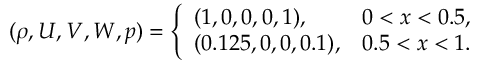
( \rho , U , V , W , p ) = \left\{ \begin{array} { l l } { ( 1 , 0 , 0 , 0 , 1 ) , } & { 0 < x < 0 . 5 , } \\ { ( 0 . 1 2 5 , 0 , 0 , 0 . 1 ) , } & { 0 . 5 < x < 1 . } \end{array} \right.